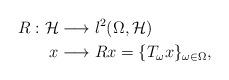
LaTeX: \begin{align*}R:\mathcal{H}&\longrightarrow l^{2}(\Omega,\mathcal{H})\\x&\longrightarrow Rx=\{T_{\omega}x\}_{\omega\in\Omega}, \end{align*}